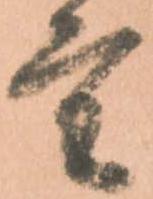
重